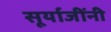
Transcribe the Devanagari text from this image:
सूर्याजींनी